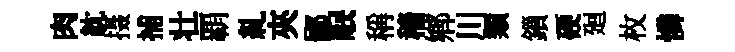
肉紞摄捕壮覇糺夾鄙眠稱穡鄉川類鎻硬廻枚憐